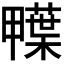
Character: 𮒅